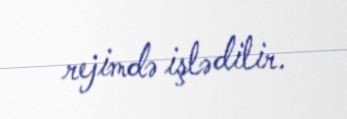
rejimdə işlədilir.